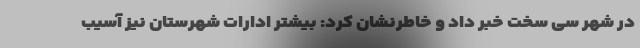
در شهر سی سخت خبر داد و خاطرنشان کرد: بیشتر ادارات شهرستان نیز آسیب